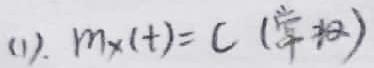
(1). $M_X(t)=C$ (常数)